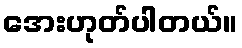
အေးဟုတ်ပါတယ်။